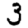
Digit: 3